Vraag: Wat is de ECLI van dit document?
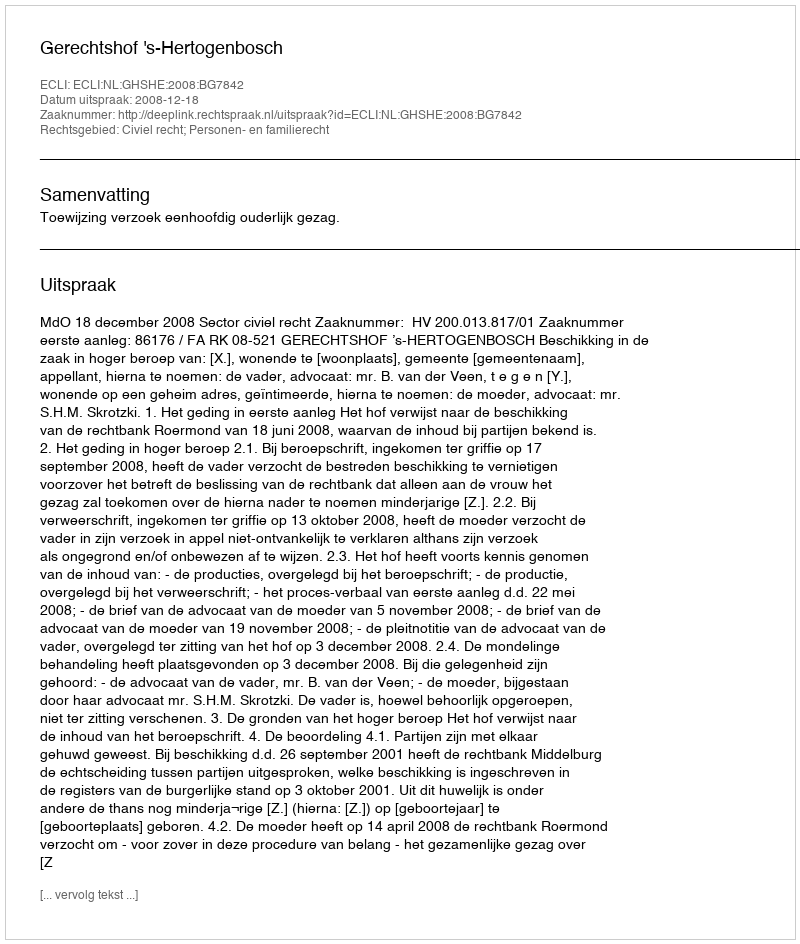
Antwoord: ECLI:NL:GHSHE:2008:BG7842